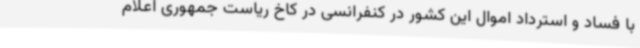
با فساد و استرداد اموال این کشور در کنفرانسی در کاخ ریاست جمهوری اعلام